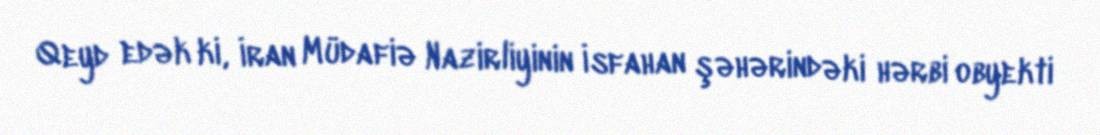
Qeyd edək ki, İran Müdafiə Nazirliyinin İsfahan şəhərindəki hərbi obyekti